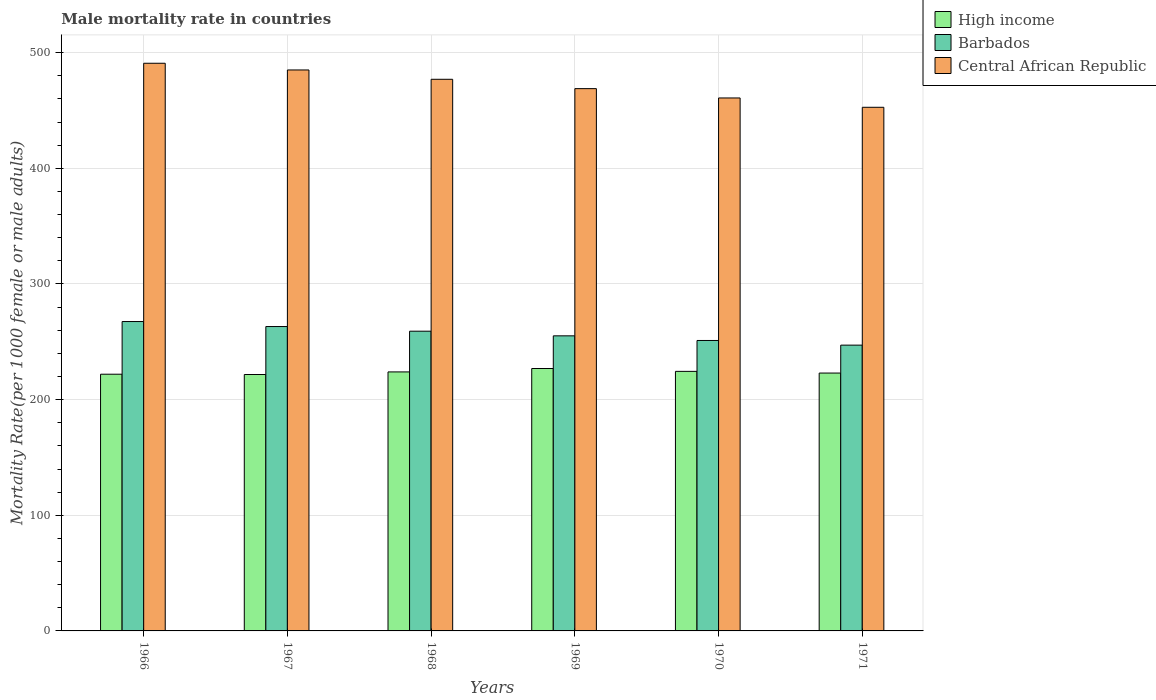
| Years | High income | Barbados | Central African Republic |
 | --- | --- | --- | --- |
 | 1966 | 222 | 268 | 491 |
 | 1967 | 222 | 263 | 485 |
 | 1968 | 224 | 259 | 477 |
 | 1969 | 227 | 255 | 469 |
 | 1970 | 224 | 251 | 461 |
 | 1971 | 223 | 247 | 453 |